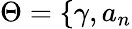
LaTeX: \Theta=\{ \gamma,a_{n}